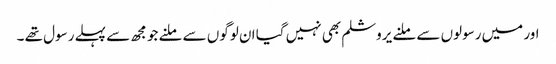
اور میں رسولوں سے ملنے یروشلم بھی نہیں گیا ان لوگوں سے ملنے جو مجھ سے پہلے رسول تھے ۔